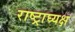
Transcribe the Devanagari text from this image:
राष्ट्राघ्यक्ष